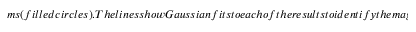
m s ( f i l l e d c i r c l e s ) . T h e l i n e s s h o w G a u s s i a n f i t s t o e a c h o f t h e r e s u l t s t o i d e n t i f y t h e m a g i c d e t u n i n g . ( c ) ~ E x a m p l e R a m s e y f r i n g e s f o r c a s e ( i ) ; t h e m o l e c u l e n u m b e r d e t e c t e d i n s t a t e